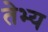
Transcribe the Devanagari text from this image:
तेभ्य